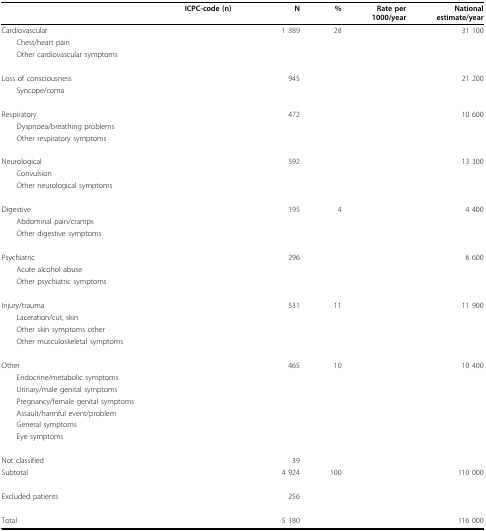
<table><thead><tr><td>[EMPTY_CELL]</td><td><b>ICPC-code (n)</b></td><td><b>N</b></td><td><b>%</b></td><td><b>Rate per1000/year</b></td><td><b>Nationalestimate/year</b></td></tr></thead><tbody><tr><td>Cardiovascular</td><td>[EMPTY_CELL]</td><td>1 389</td><td>28</td><td>[EMPTY_CELL]</td><td>31 100</td></tr><tr><td> Chest/heart pain</td><td>[EMPTY_CELL]</td><td>[EMPTY_CELL]</td><td>[EMPTY_CELL]</td><td>[EMPTY_CELL]</td><td>[EMPTY_CELL]</td></tr><tr><td> Other cardiovascular symptoms</td><td>[EMPTY_CELL]</td><td>[EMPTY_CELL]</td><td>[EMPTY_CELL]</td><td>[EMPTY_CELL]</td><td>[EMPTY_CELL]</td></tr><tr><td>Loss of consciousness</td><td>[EMPTY_CELL]</td><td>945</td><td>[EMPTY_CELL]</td><td>[EMPTY_CELL]</td><td>21 200</td></tr><tr><td> Syncope/coma</td><td>[EMPTY_CELL]</td><td>[EMPTY_CELL]</td><td>[EMPTY_CELL]</td><td>[EMPTY_CELL]</td><td>[EMPTY_CELL]</td></tr><tr><td>Respiratory</td><td>[EMPTY_CELL]</td><td>472</td><td>[EMPTY_CELL]</td><td>[EMPTY_CELL]</td><td>10 600</td></tr><tr><td> Dyspnoea/breathing problems</td><td>[EMPTY_CELL]</td><td>[EMPTY_CELL]</td><td>[EMPTY_CELL]</td><td>[EMPTY_CELL]</td><td>[EMPTY_CELL]</td></tr><tr><td> Other respiratory symptoms</td><td>[EMPTY_CELL]</td><td>[EMPTY_CELL]</td><td>[EMPTY_CELL]</td><td>[EMPTY_CELL]</td><td>[EMPTY_CELL]</td></tr><tr><td>Neurological</td><td>[EMPTY_CELL]</td><td>592</td><td>[EMPTY_CELL]</td><td>[EMPTY_CELL]</td><td>13 300</td></tr><tr><td> Convulsion</td><td>[EMPTY_CELL]</td><td>[EMPTY_CELL]</td><td>[EMPTY_CELL]</td><td>[EMPTY_CELL]</td><td>[EMPTY_CELL]</td></tr><tr><td> Other neurological symptoms</td><td>[EMPTY_CELL]</td><td>[EMPTY_CELL]</td><td>[EMPTY_CELL]</td><td>[EMPTY_CELL]</td><td>[EMPTY_CELL]</td></tr><tr><td>Digestive</td><td>[EMPTY_CELL]</td><td>195</td><td>4</td><td>[EMPTY_CELL]</td><td>4 400</td></tr><tr><td> Abdominal pain/cramps</td><td>[EMPTY_CELL]</td><td>[EMPTY_CELL]</td><td>[EMPTY_CELL]</td><td>[EMPTY_CELL]</td><td>[EMPTY_CELL]</td></tr><tr><td> Other digestive symptoms</td><td>[EMPTY_CELL]</td><td>[EMPTY_CELL]</td><td>[EMPTY_CELL]</td><td>[EMPTY_CELL]</td><td>[EMPTY_CELL]</td></tr><tr><td>Psychiatric</td><td>[EMPTY_CELL]</td><td>296</td><td>[EMPTY_CELL]</td><td>[EMPTY_CELL]</td><td>6 600</td></tr><tr><td> Acute alcohol abuse</td><td>[EMPTY_CELL]</td><td>[EMPTY_CELL]</td><td>[EMPTY_CELL]</td><td>[EMPTY_CELL]</td><td>[EMPTY_CELL]</td></tr><tr><td> Other psychiatric symptoms</td><td>[EMPTY_CELL]</td><td>[EMPTY_CELL]</td><td>[EMPTY_CELL]</td><td>[EMPTY_CELL]</td><td>[EMPTY_CELL]</td></tr><tr><td>Injury/trauma</td><td>[EMPTY_CELL]</td><td>531</td><td>11</td><td>[EMPTY_CELL]</td><td>11 900</td></tr><tr><td> Laceration/cut, skin</td><td>[EMPTY_CELL]</td><td>[EMPTY_CELL]</td><td>[EMPTY_CELL]</td><td>[EMPTY_CELL]</td><td>[EMPTY_CELL]</td></tr><tr><td> Other skin symptoms other</td><td>[EMPTY_CELL]</td><td>[EMPTY_CELL]</td><td>[EMPTY_CELL]</td><td>[EMPTY_CELL]</td><td>[EMPTY_CELL]</td></tr><tr><td> Other musculoskeletal symptoms</td><td>[EMPTY_CELL]</td><td>[EMPTY_CELL]</td><td>[EMPTY_CELL]</td><td>[EMPTY_CELL]</td><td>[EMPTY_CELL]</td></tr><tr><td>Other</td><td>[EMPTY_CELL]</td><td>465</td><td>10</td><td>[EMPTY_CELL]</td><td>10 400</td></tr><tr><td> Endocrine/metabolic symptoms</td><td>[EMPTY_CELL]</td><td>[EMPTY_CELL]</td><td>[EMPTY_CELL]</td><td>[EMPTY_CELL]</td><td>[EMPTY_CELL]</td></tr><tr><td> Urinary/male genital symptoms</td><td>[EMPTY_CELL]</td><td>[EMPTY_CELL]</td><td>[EMPTY_CELL]</td><td>[EMPTY_CELL]</td><td>[EMPTY_CELL]</td></tr><tr><td> Pregnancy/female genital symptoms</td><td>[EMPTY_CELL]</td><td>[EMPTY_CELL]</td><td>[EMPTY_CELL]</td><td>[EMPTY_CELL]</td><td>[EMPTY_CELL]</td></tr><tr><td> Assault/harmful event/problem</td><td>[EMPTY_CELL]</td><td>[EMPTY_CELL]</td><td>[EMPTY_CELL]</td><td>[EMPTY_CELL]</td><td>[EMPTY_CELL]</td></tr><tr><td> General symptoms</td><td>[EMPTY_CELL]</td><td>[EMPTY_CELL]</td><td>[EMPTY_CELL]</td><td>[EMPTY_CELL]</td><td>[EMPTY_CELL]</td></tr><tr><td> Eye symptoms</td><td>[EMPTY_CELL]</td><td>[EMPTY_CELL]</td><td>[EMPTY_CELL]</td><td>[EMPTY_CELL]</td><td>[EMPTY_CELL]</td></tr><tr><td>Not classified</td><td>[EMPTY_CELL]</td><td>39</td><td>[EMPTY_CELL]</td><td>[EMPTY_CELL]</td><td>[EMPTY_CELL]</td></tr><tr><td>Subtotal</td><td>[EMPTY_CELL]</td><td>4 924</td><td>100</td><td>[EMPTY_CELL]</td><td>110 000</td></tr><tr><td>Excluded patients</td><td>[EMPTY_CELL]</td><td>256</td><td>[EMPTY_CELL]</td><td>[EMPTY_CELL]</td><td>[EMPTY_CELL]</td></tr><tr><td>Total</td><td>[EMPTY_CELL]</td><td>5 180</td><td>[EMPTY_CELL]</td><td>[EMPTY_CELL]</td><td>116 000</td></tr></tbody></table>